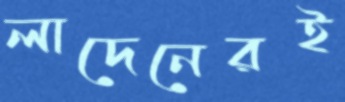
লাদেনেরই